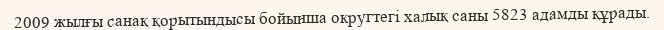
2009 жылғы санақ қорытындысы бойынша округтегі халық саны 5823 адамды құрады.